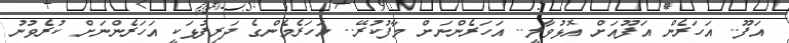
އަފޫ.. އަހަރެން އަފޫއަށް އޮޅުވާލީ.. އަހަރެންނަށް މާފުކުރޭ.. އަހަރެމެންގެ ދަރިފުޅަކީ އަހަރެންނަށް ކުރެވުނު